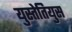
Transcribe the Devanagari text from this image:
युस्तेतियुस